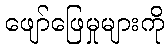
ဖျော်ဖြေမှုများကို